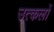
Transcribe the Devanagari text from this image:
उत्कलों